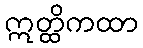
ဣတ္ထိကထာ